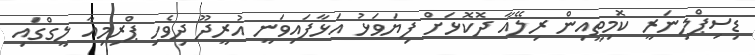
ޑިސިޕްލިނަރީ ކޮމިތީއިން ރިލޭއާ ދޮކޮޅަށް ފިޔަވަޅު އަޅާފައިވަނީ އުރީދޫ ދިވެހި ޕްރިމިއާ ލީގްގައި